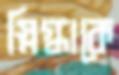
স্নিগ্ধাকে